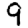
Digit: 9